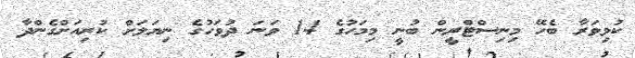
ކުޅިވަރާ ބެހޭ މިނިސްޓްރީން ބުނީ މިމަހުގެ 14 ވަނަ ދުވަހުގެ ނިޔަލަށް ކުރިއަށްގެންދާ